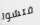
فتشوا